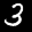
Label: 3